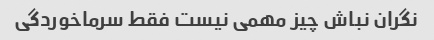
نگران نباش چیز مهمی نیست فقط سرماخوردگی